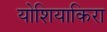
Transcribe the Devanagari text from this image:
योशियाकिरा